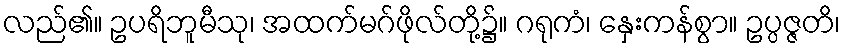
လည်၏။ ဥပရိဘူမီသု၊ အထက်မဂ်ဖိုလ်တို့၌။ ဂရုကံ၊ နှေးကန်စွာ။ ဥပ္ပဇ္ဇတိ၊